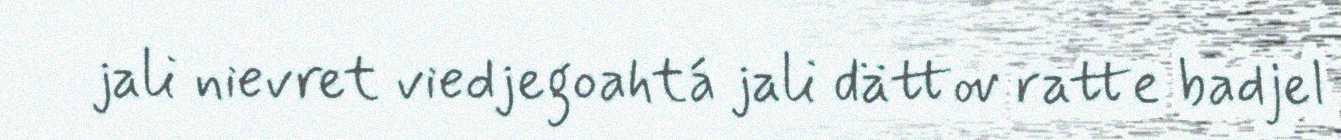
jali nievret viedjegoahtá jali dättov ratte badjel